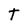
Character: t